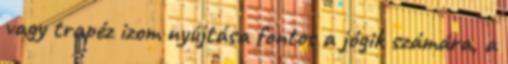
vagy trapéz izom nyújtása fontos a jógik számára, a